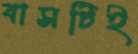
বাসটিই